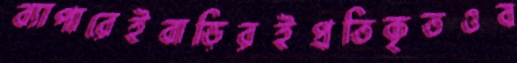
ব্যাপারেইবাড়িরইপ্রতিকৃতওব